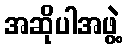
အဆိုပါအဖွဲ့